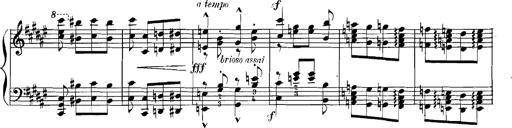
Title: Rhapsodies hongroises
Composer: Franz Liszt